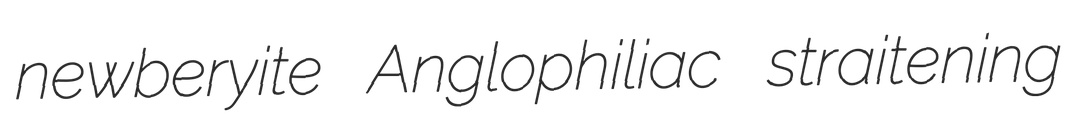
newberyite Anglophiliac straitening